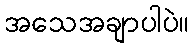
အသေအချာပါပဲ။